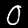
Digit: 0